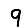
Digit: 9